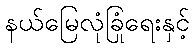
နယ်မြေလုံခြုံရေးနှင့်